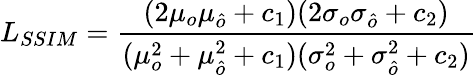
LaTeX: L_{SSIM}=\frac{(2\mu_{o}\mu_{\hat{o}}+c_{1})(2\sigma_{o}\sigma_{\hat{o}}+c_{2})}{(\mu_{o}^{2}+\mu_{\hat{o}}^{2}+c_{1})(\sigma_{o}^{2}+\sigma_{\hat{o}}^{2}+c_{2})}